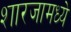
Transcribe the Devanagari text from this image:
शारजामध्ये